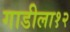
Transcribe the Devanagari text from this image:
गाडीला१२